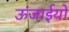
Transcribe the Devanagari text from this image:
ऊंजाईयों